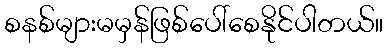
စနစ်များမမှန်ဖြစ်ပေါ်စေနိုင်ပါတယ်။